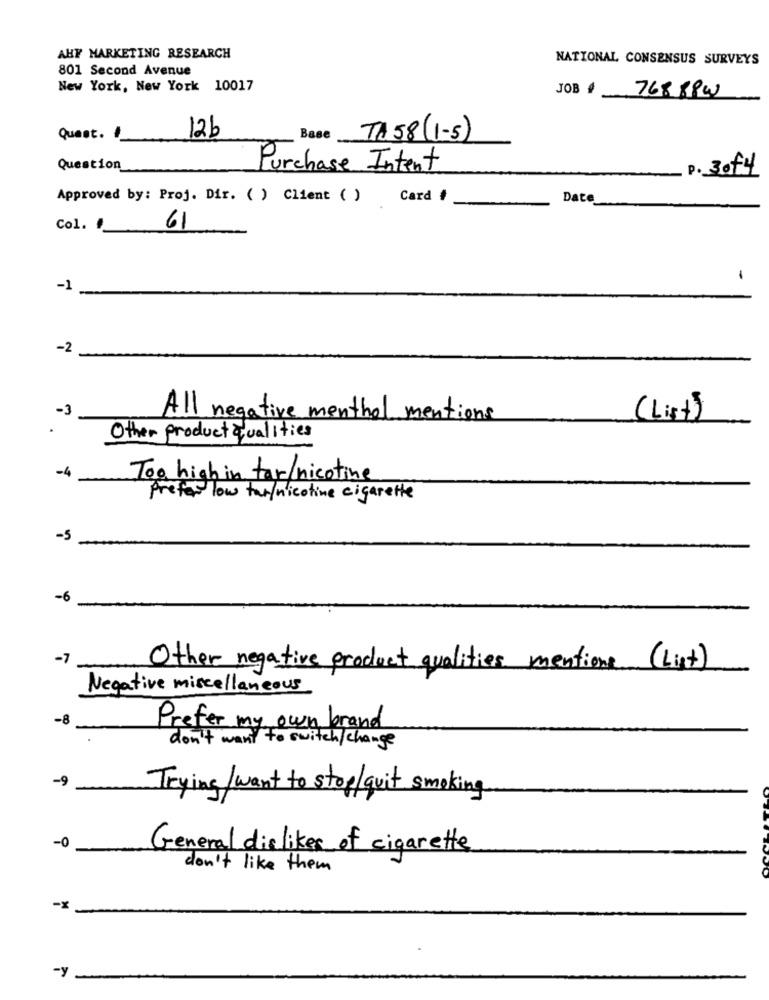
AHF MARKETING RESEARCH
NATIONAL CONSENSUS SURVEYS
801 Second Avenue
New York, New York 10017
76888W
JOB
12b
Quest. #
TA 58(1-5)
Question
Purchase Intent
P. 30f4
Approved by: Proj. Dir. ( ) Client ( )
Card #
Date
Col. #
61
-
-1
-2
-3
All negative menthol mentions
( List )
Other product qualities
-4
Too high in tar/nicotine
prefer low tar/nicotine cigarette
-5
-6
-7
Other negative product qualities mentione (List)
Negative miscellaneous
-8
Prefer my own brand
don't want to switch/ change
-9
Trying / want to stop/quit smoking
-0
General dislikes of cigarette
don't like them
-x
-y